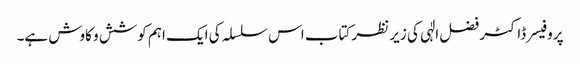
پروفیسر ڈاکٹر فضل الٰہی کی زیر نظر کتاب اس سلسلہ کی ایک اہم کوشش و کاوش ہے۔